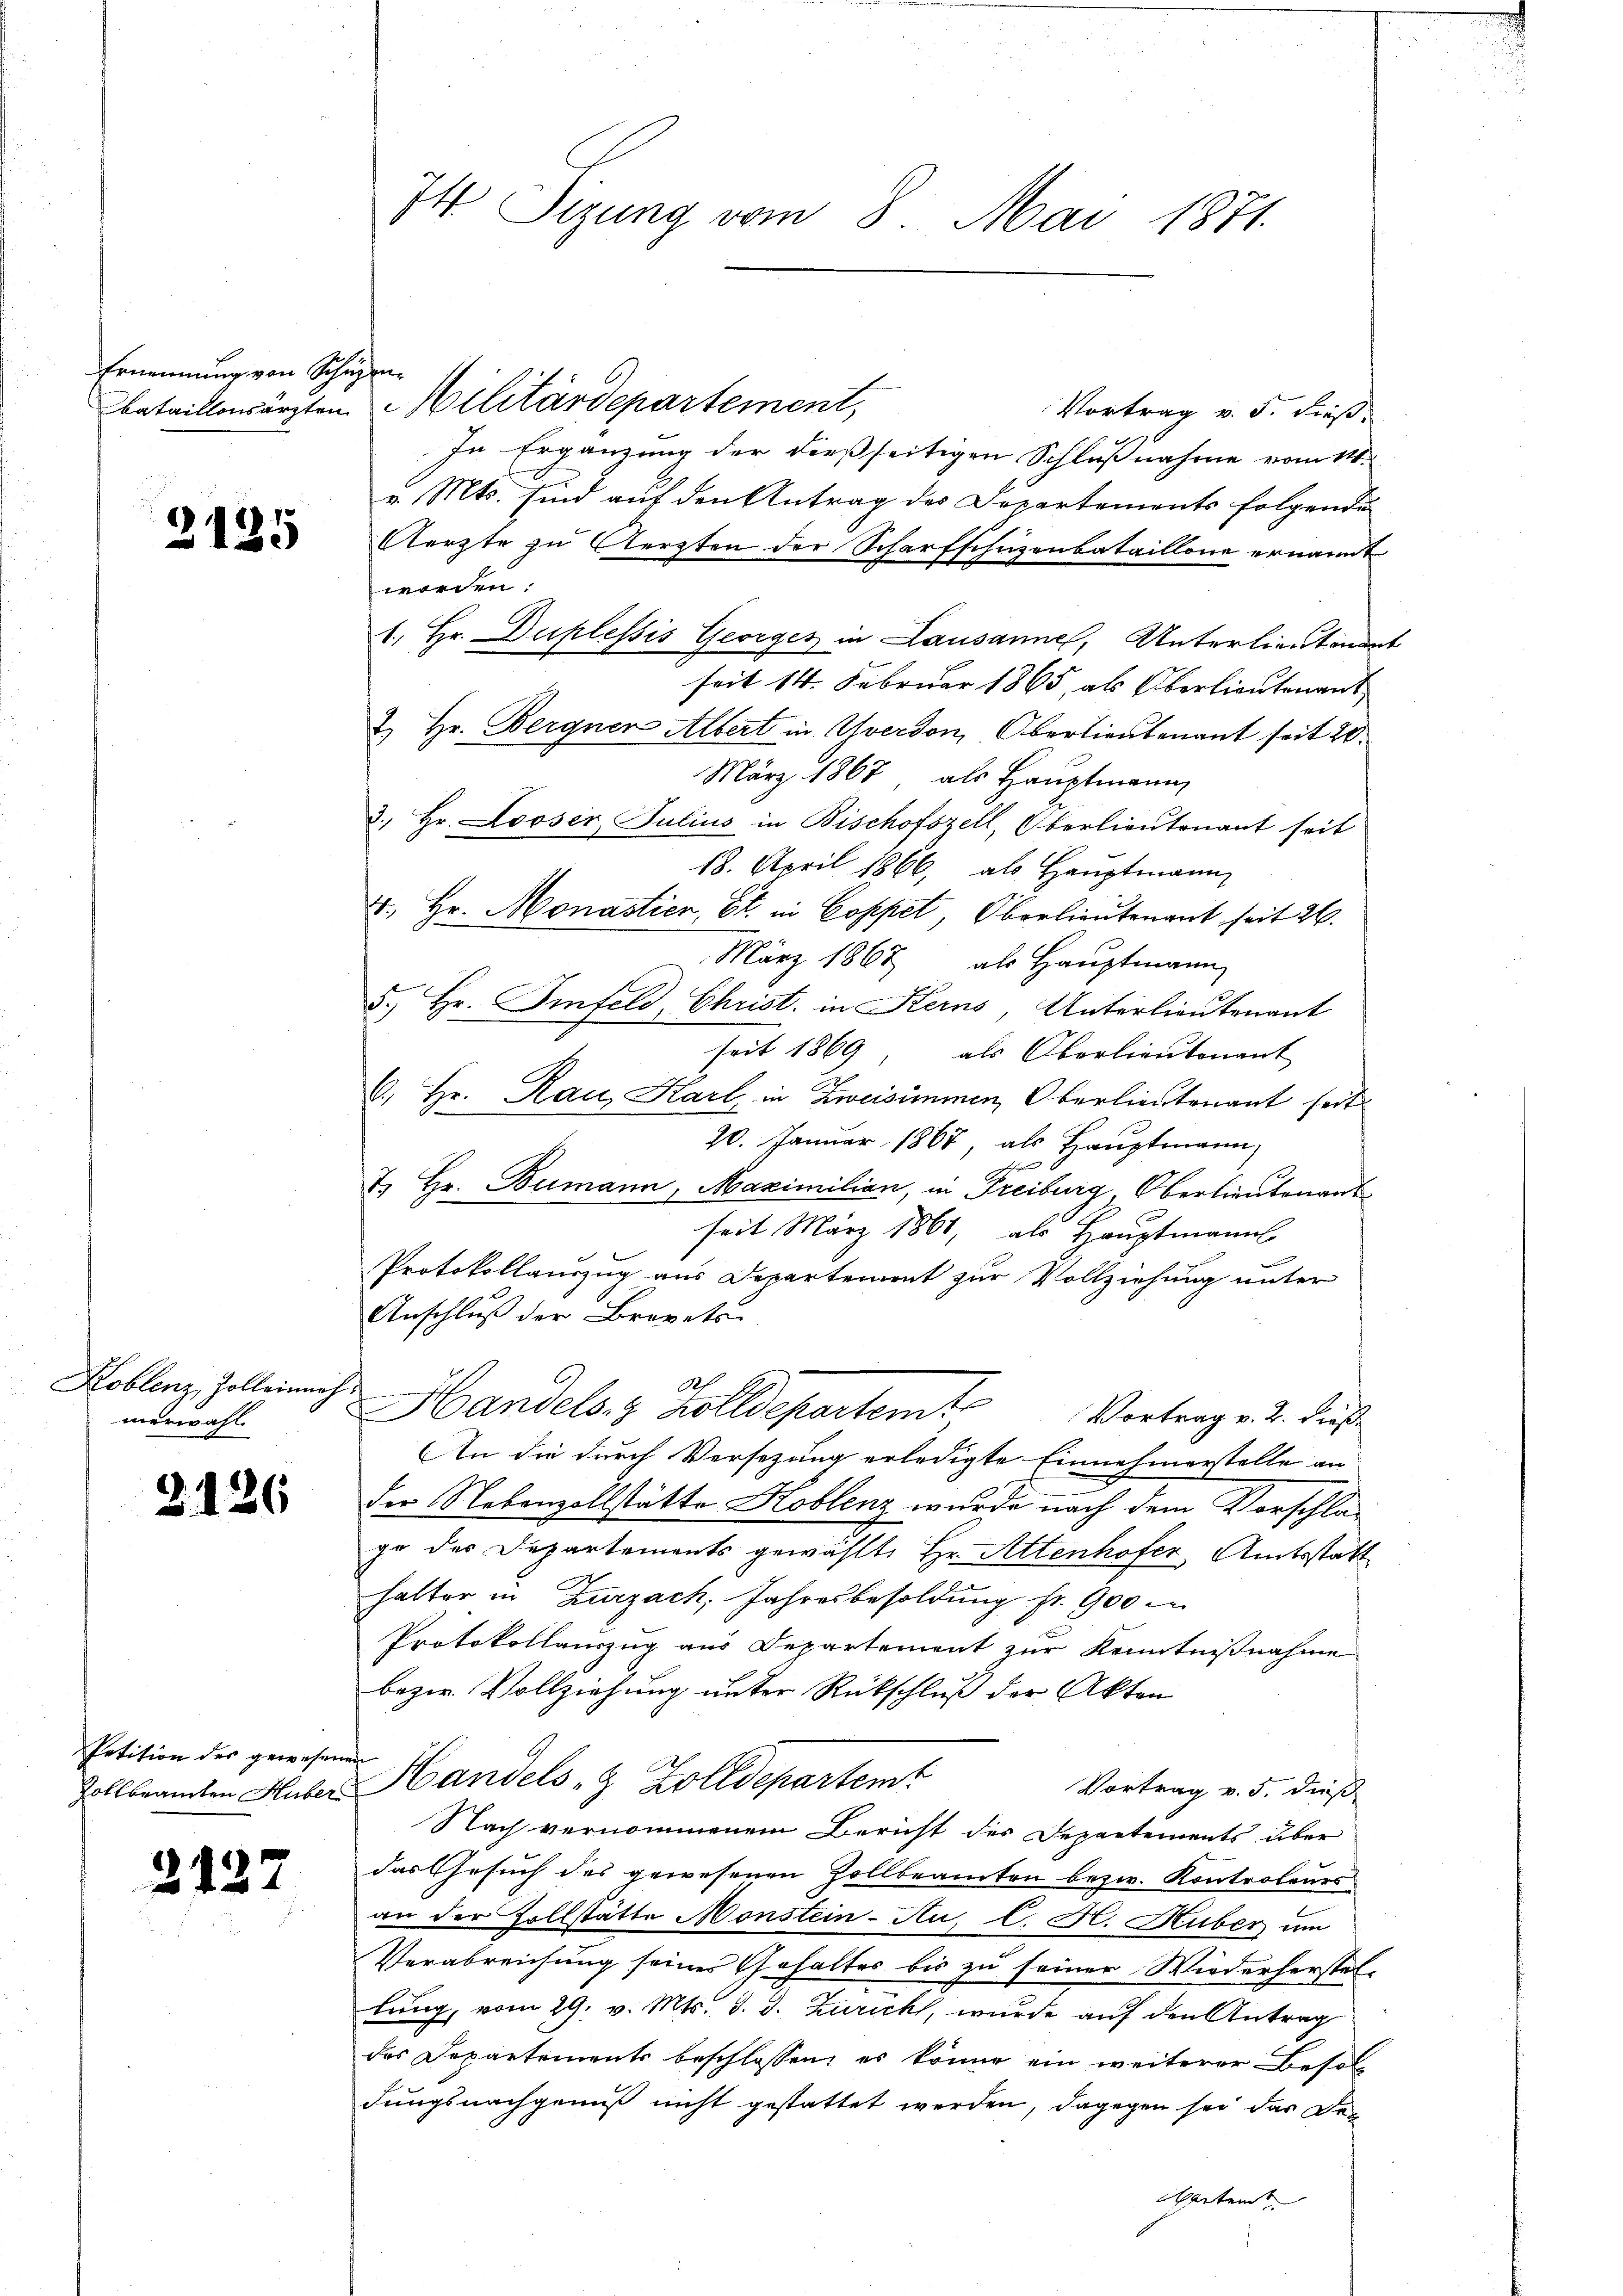
Ernennung von Schn
bataillonsärzten

2135

Koblenz, Zolleinung
merwahl.

2126

Petition der gewesenen
Zollbrannten Huber

3437

74 Sizung vom 8. Mai 1871.

Vortrag v. 5. dieß,
In Ergänzung der dießseitigen Schlußnahme vom 14.
v. Mts. sind auf den Antrag des Departements folgende
Aerzte zu ersten der Scharfschuzenbataillone ernannt
worden.
1. Hr. Duplessis Georges in Lausanne, Unterlieutenant
seit 14. Februar 1865, als Oberlieutenant
& Hr. Bergner Albert in Yverdon, Oberlieutenant seit 20.
März 1867, als Hauptmann
3. Hr. Looser, Julius in Bischofszell, Oberlieutenant seit
18. April 1866, als Hauptmann
41. Hr. Monastier, St. in Coppet, Oberlieutenant seit 26.
März 1867 als Hauptmann
5. Hr. Sinfeld, Christ in Kerns, Unterlieutenant
seit 1869 als Oberlieutenant
C. Hr. Rau, Karl, in Zweisimmen, Oberlieutenant seit
20. Januar 1867, als Hauptmann,
B
t. Hr. Bumann, Maximilian, in Freiburg, Oberlieutenant
seit März 1861, als Hauptmanns

.
Protokollauszug aus Departement zur Vollziehung unter
Anschluß der Brevets
Ah
Handels- & Zolldepartemt
Vortrag v. 2. Dieß¬
An die durch Versezung erledigte Einnahmerstelle an
der Nebenzollstätte Koblenz wurde nach dem Vorschla-
ge des Departements gewählte Hr. Altenhofer Amtsstatt
halter in Zurzach, Jahresbesoldung fr. 900 i
Protokollauszug aus Departement zur Kenntnißnahme
bezw. Vollziehung unter Rückschluß der Akten
Handels- & Zolldepartemt
Vortrag v. 5. dieß
Nach vernommenem Bericht des Departements über
das Gesuch des gewesenen Zollbeamten bezw. Kontroleurs
an der Vollstätte Monstein-Au, C. H. Huber um
Verabreichung seines Gehaltes bis zu seiner Wiederherstel-
lung, vom 29. v. Mts. d. d. Zürich, wurde auf den Antrag
des Departements beschlossen, es könne ein weiterer Besol-
dungsnachgenuß nicht gestattet werden, dagegen sei das Den
Apparten

.
Militärdepartement,